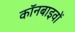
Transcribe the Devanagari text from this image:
कॉनबाइवों